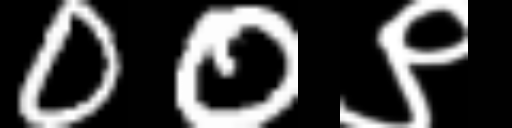
Text: 00९